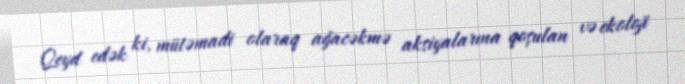
Qeyd edək ki, mütəmadi olaraq ağacəkmə aksiyalarına qoşulan və ekoloji